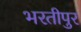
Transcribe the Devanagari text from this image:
भरतीपुर